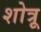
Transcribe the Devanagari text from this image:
शोत्रू